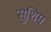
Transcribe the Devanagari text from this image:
सुशिम